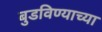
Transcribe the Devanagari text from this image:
बुडविण्याच्या